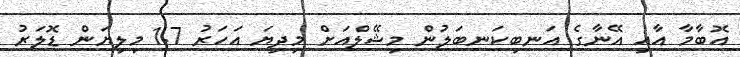
އޮބާމާ އާއި އޭނާގެ އަނބިކަނބަލުން މިޝޭލްއަށް މިދިޔަ އަހަރު 1.7 މިލިޔަން ޑޮލަރު